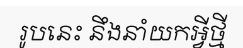
រូបនេះ នឹងនាំយកអ្វីថ្មី